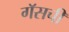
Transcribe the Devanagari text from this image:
गॅसची